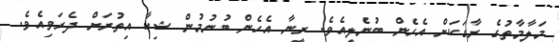
މަލާމާތުގެ ރާގަކަށް އެހެން ބުނެލިއެވެ. ރީނާ އެހެން ބުނުމުން ޝިކާ އިތުރަށް ދެރަވިއެވެ.